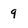
Character: 9